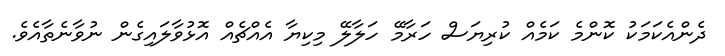
ދެންއެކަމަކު ކޮންމެ ކަމެއް ކުރިޔަސް ހަރާމޭ ހަލާލޭ މިކިޔާ އެއްޗެއް އޮޅުވާލައިގެން ނުވާނެތާއެވެ.